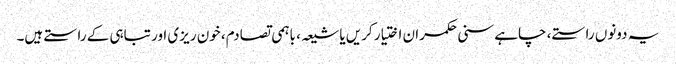
یہ دونوں راستے، چاہے سنی حکمران اختیار کریں یا شیعہ، باہمی تصادم، خون ریزی اور تباہی کے راستے ہیں۔